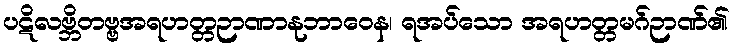
ပဋိလဗ္ဘိတဗ္ဗအရဟတ္တဉာဏာနုဘာဝေန၊ ရအပ်သော အရဟတ္တမဂ်ဉာဏ်၏